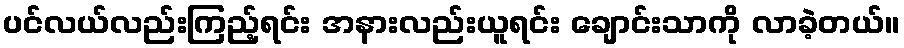
ပင်လယ်လည်းကြည့်ရင်း အနားလည်းယူရင်း ချောင်းသာကို လာခဲ့တယ်။